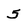
Character: 5